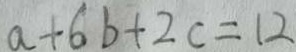
a + 6 b + 2 c = 1 2